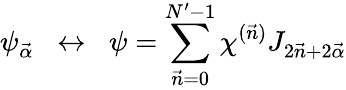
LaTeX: \psi_{\vec{\alpha}}\; \; \leftrightarrow\; \; \psi=\sum_{\vec{n}=0}^{N^{\prime}-1}\chi^{(\vec{n})}J_{2\vec{n}+2\vec{\alpha}}